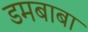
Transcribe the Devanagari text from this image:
डमबाबा